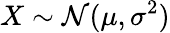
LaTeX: X\sim{\mathcal{N}}(\mu,\sigma^{2})